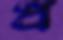
প্র